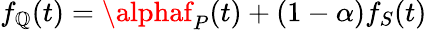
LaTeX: f_{\mathbb{Q}}(t)=\alphaf_{P}(t)+(1-\alpha)f_{S}(t)